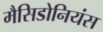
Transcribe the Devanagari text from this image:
मैसिडोनियंस